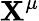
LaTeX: \mathbf{X}^{\mu}